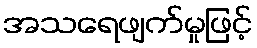
အသရေဖျက်မှုဖြင့်